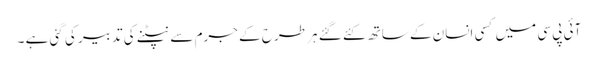
آئی پی سی میں کسی انسان کے ساتھ کئے گئے ہر طرح کے جرم سے نپٹنے کی تدبیر کی گئی ہے ۔